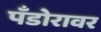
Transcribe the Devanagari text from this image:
पँडोरावर